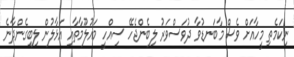
ނިކަމެތި މީހާއަށް ވެސް މާބަނޑުވާ ދުވަސްވަރު ލިބެންޖެހޭ ސިއްހީ މައުލޫމާތާއި އަޅާލުން ލިބިގެންދާނެ